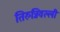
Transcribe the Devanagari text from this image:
तिरुन्निवल्ली